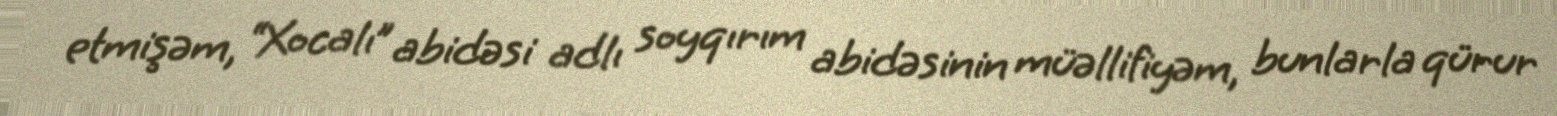
etmişəm, “Xocalı” abidəsi adlı soyqırım abidəsinin müəllifiyəm, bunlarla qürur